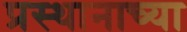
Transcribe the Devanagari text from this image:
प्रस्थानाच्या